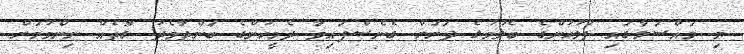
މި މައްސަލާގައި ފުލުހުންގެ ބެލުމުގެ ދަށަށް ގެެނެސްފައިވާ ދެމީހުންގެ ބަންދާމެދު ގޮތެއް ނިންމުމަށް